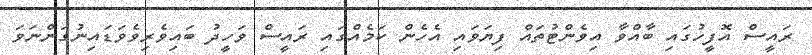
ރައީސް އޮފީހުގައި ބާއްވާ އިވެންޓުތައް ފިޔަވައި އެހެން ކަމެއްގައި ރައީސް ވަހީދު ބައިވެރިވެވަޑައިނުގަންނަވަ